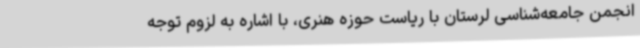
انجمن جامعه‌شناسی لرستان با ریاست حوزه هنری، با اشاره به لزوم توجه